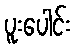
ပူးပေါင်း